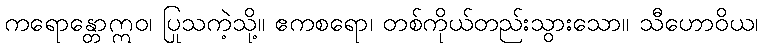
ကရောန္တောဣဝ၊ ပြုသကဲ့သို့။ ဧကစရော၊ တစ်ကိုယ်တည်းသွားသော။ သီဟောဝိယ၊